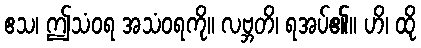
ဧသ၊ ဤသံဝရ အသံဝရကို။ လဗ္ဘတိ၊ ရအပ်၏။ ဟိ၊ ထို